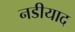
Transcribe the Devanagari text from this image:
नडीयाद